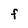
Character: F